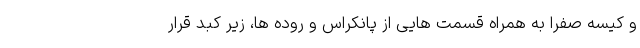
و کیسه صفرا به همراه قسمت هایی از پانکراس و روده ها، زیر کبد قرار